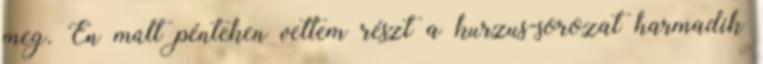
meg. Én múlt pénteken vettem részt a kurzus-sorozat harmadik